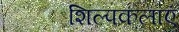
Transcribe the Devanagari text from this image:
शिल्पकलाएं